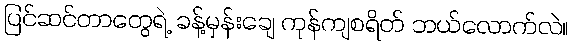
ပြင်ဆင်တာတွေရဲ့ ခန့်မှန်းချေ ကုန်ကျစရိတ် ဘယ်လောက်လဲ။